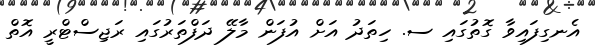
އެނގިފައިވާ ގޮތުގައި ސ. ހިތަދު އަށް އުފަން މާލޭ ދަފްތަރުގައި ރަޖިސްޓްރީ އޮތް